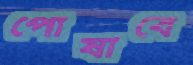
পোষাবে